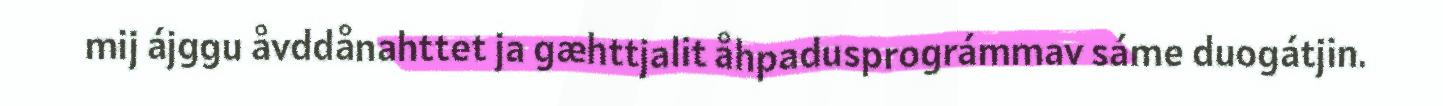
mij ájggu åvddånahttet ja gæhttjalit åhpadusprográmmav sáme duogátjin.